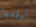
أوقفها